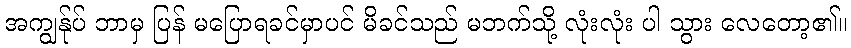
အကျွန်ုပ် ဘာမှ ပြန် မပြောရခင်မှာပင် မိခင်သည် မဘက်သို့ လုံးလုံး ပါ သွား လေတော့၏။